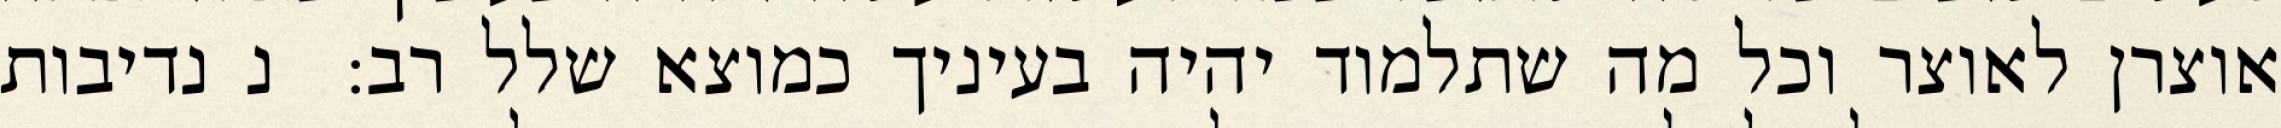
אוצרן לאוצר וכל מה שתלמוד יהיה בעיניך כמוצא שלל רב:  נ נדיבות